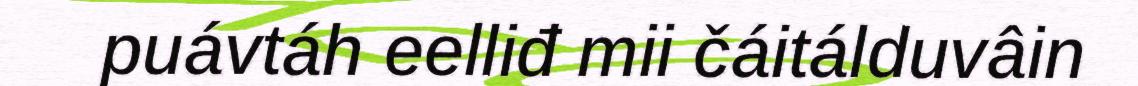
puávtáh eelliđ mii čáitálduvâin